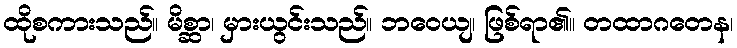
ထိုစကားသည်။ မိစ္ဆာ၊ မှားယွင်းသည်။ ဘဝေယျ၊ ဖြစ်ရာ၏။ တထာဂတေန၊